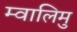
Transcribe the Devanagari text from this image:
म्वालिमु